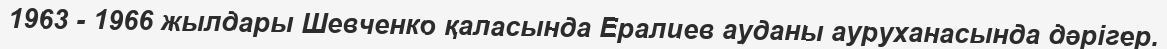
1963 - 1966 жылдары Шевченко қаласында Ералиев ауданы ауруханасында дәрігер.